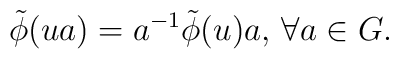
\tilde{\phi}(ua) = a^{-1}\tilde{\phi}(u)a, \, \forall a\in G.